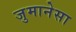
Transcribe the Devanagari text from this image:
जुमानेसा